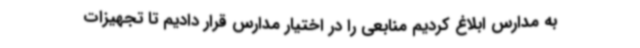
به مدارس ابلاغ کردیم منابعی را در اختیار مدارس قرار دادیم تا تجهیزات